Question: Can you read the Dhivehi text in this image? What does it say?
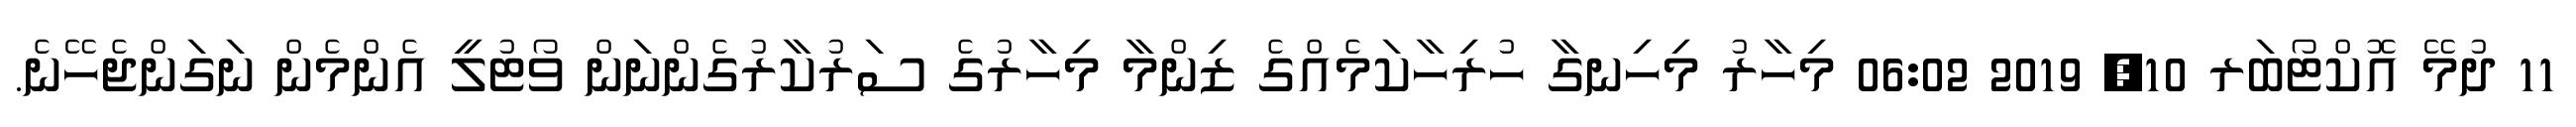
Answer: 11 ދުމޭ އޮކްޓޯބަރ 10, 2019 06:02 މިހާރު މިހިނގާ ހުރިހާކަމެއްގެ ޒިންމާ މިހާރުގެ ސަރުކާރުގެންނަން ވޯޓުލީ އެންމެން ނަގަންޖެހޭނެ.